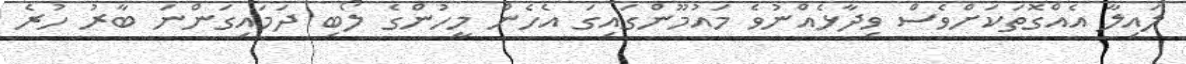
ލައިލާ އެއްގޮތަކަށްވެސް ވިދާޅެއްނުވެ މައުމޫންގައިގަ އެހެން މީހުންގެ ލޯބި ދަމައިގަންނަ ބާރު ހުރެ